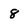
Character: 8